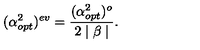
( \alpha _ { o p t } ^ { 2 } ) ^ { e v } = \frac { ( \alpha _ { o p t } ^ { 2 } ) ^ { o } } { 2 \mid \beta \mid } .